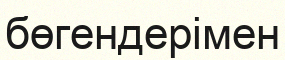
бөгендерімен